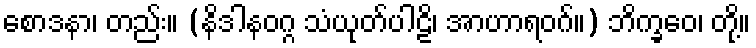
စောဒနာ၊ တည်း။ (နိဒါနဝဂ္ဂ သံယုတ်ပါဠိ၊ အာဟာရဝဂ်။) ဘိက္ခဝေ၊ တို့။